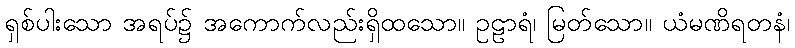
ရှစ်ပါးသော အရပ်၌ အကောက်လည်းရှိထသော။ ဥဠာရံ၊ မြတ်သော။ ယံမဏိရတနံ၊